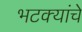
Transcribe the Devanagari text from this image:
भटक्यांचे